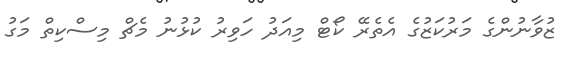
ޒުވާނުންގެ މަރުކަޒުގެ އެތެރޭ ކޯޓް މިއަދު ހަވިރު ކުޅުނު މެޗް މިސްކިތް މަގު